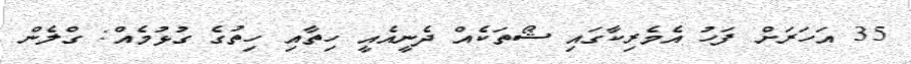
35 އަހަރަށް ފަހު އެމެރިކާގައި ޝޯތަކެއް ދެނީއެއީ ހިތާއި ހިތުގެ ގުޅުމެއް: ގްލެން